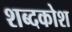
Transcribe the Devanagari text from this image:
शब्‍दकोश